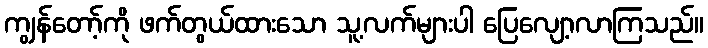
ကျွန်တော့်ကို ဖက်တွယ်ထားသော သူ့လက်များပါ ပြေလျော့လာကြသည်။